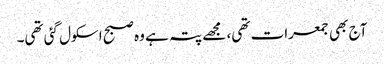
آج بھی جمعرات تھی، مجھے پتہ ہے وہ صبح اسکول گئی تھی۔